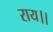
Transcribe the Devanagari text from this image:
राय।।